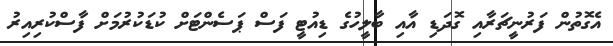
އެގޮތުން ފަރުނީޗަރާއި ގޮދަޑި އާއި ބާލީހުގެ ޑިއުޓީ ފަސް ޕަސެންޓަށް ކުޑަކުރުމަށް ފާސްކުރިއިރު